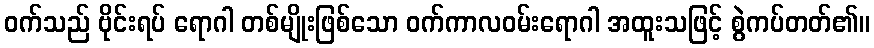
ဝက်သည် ဗိုင်းရပ် ရောဂါ တစ်မျိုးဖြစ်သော ဝက်ကာလဝမ်းရောဂါ အထူးသဖြင့် စွဲကပ်တတ်၏။